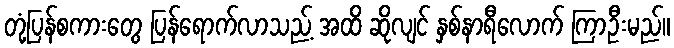
တုံ့ပြန်စကားတွေ ပြန်ရောက်လာသည့် အထိ ဆိုလျင် နှစ်နာရီလောက် ကြာဦးမည်။